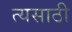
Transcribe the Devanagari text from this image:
त्यसाठी